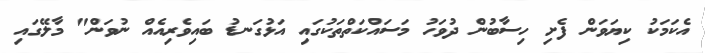
އެކަމަކު ކިޔަވަން ފެށި ހިސާބުން ދުވަހު މަސައްކަތްތަކުގައި އަޅުގަނޑު ބައިވެރިއެއް ނުވަން" މާލޭގައި